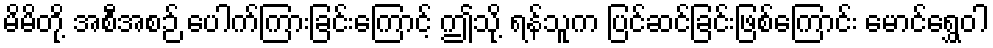
မိမိတို့ အစီအစဉ် ပေါက်ကြားခြင်းကြောင့် ဤသို့ ရန်သူက ပြင်ဆင်ခြင်းဖြစ်ကြောင်း မောင်ရွှေဝါ